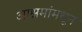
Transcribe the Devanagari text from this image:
आश्रमांमधून